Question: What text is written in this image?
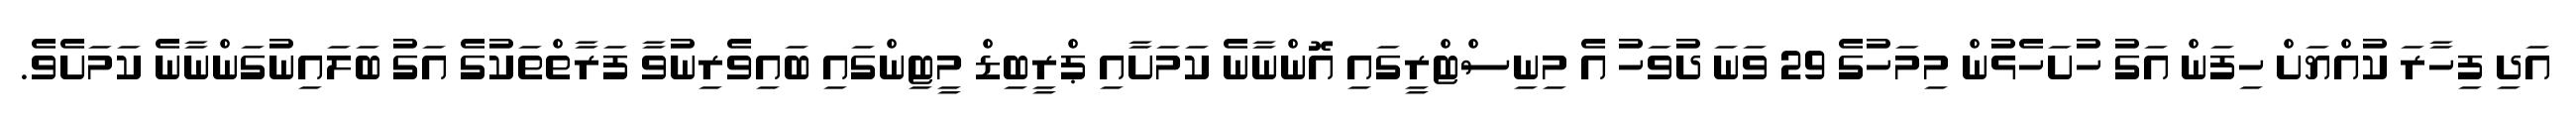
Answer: އަދި ފިހާރަ ކުއްޔަށް ހިފަން އަގު ހުށަހެޅުން މިމަހުގެ 29 ވަނަ ދުވަހު އެ މިނިސްޓްރީގައި އޮންނާނެ ކަމަށާއި ޕްރީބިޑް މީޓިންގައި ބައިވެރިނުވާ ފަރާތްތަކުގެ އަގު ބަލައިނުގަންނާނެ ކަމަށެވެ.